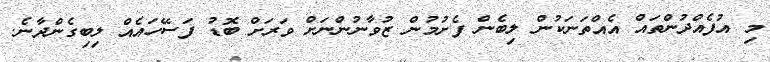
މި އުފެއްދުންތައް އެއްތަނަކުން ލިބެން ފެށުމުން ޒުވާނުންނަށް ވަރަށް ބޮޑު ފަސޭހައެއް ލިބިގެންދާނެ.